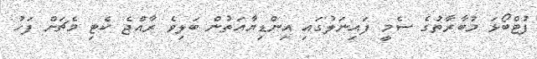
ފުޓްބޯޅަ މުބާރާތުގެ ސެމީ ފައިނަލުގައި އިންޑިޔާއަތުން ބަލިވެ ރާއްޖެ ކެޓި މެޗަށް ފަހު